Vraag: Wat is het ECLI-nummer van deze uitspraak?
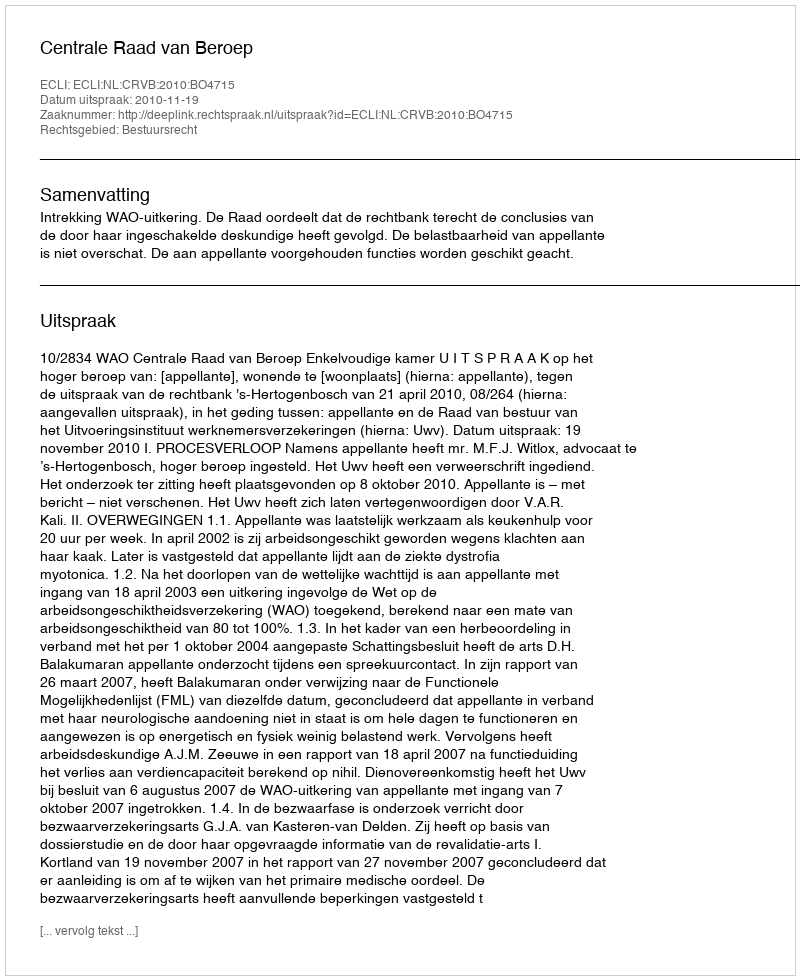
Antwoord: ECLI:NL:CRVB:2010:BO4715